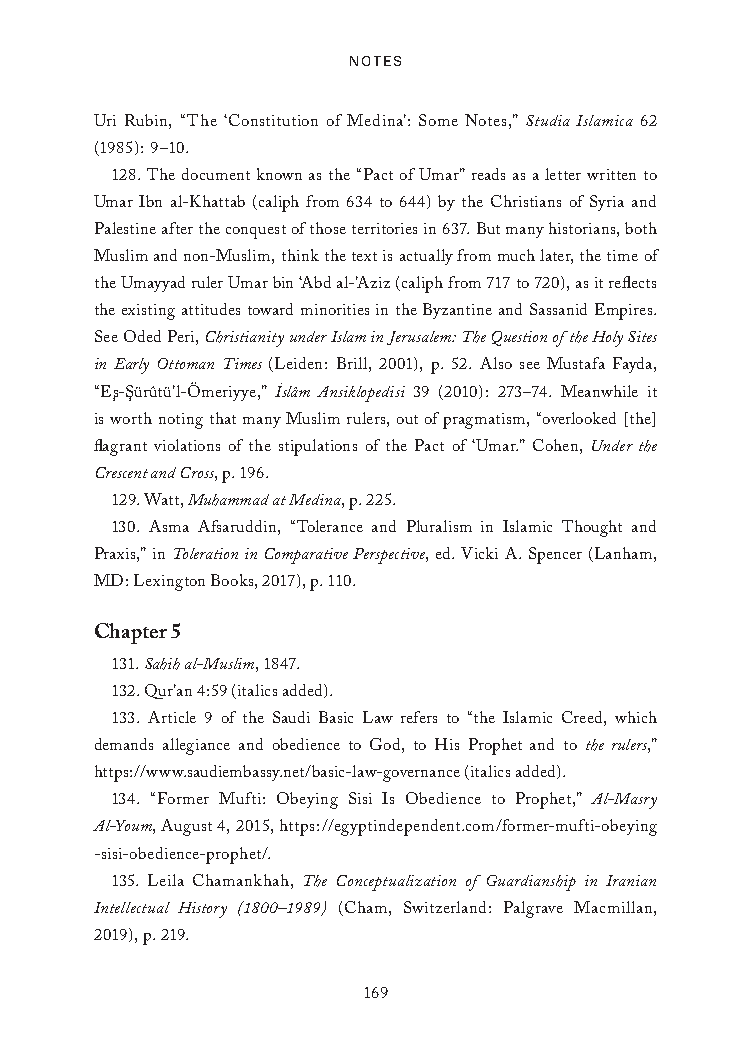
Notes
 Uri Rubin, “The ‘Constitution of Medina’: Some Notes,” Studia Islamica 62
 (1985): 9–10.
 128. The document known as the “Pact of Umar” reads as a letter written to
 Umar Ibn al-Khattab (caliph from 634 to 644) by the Christians of Syria and
 Palestine after the conquest of those territories in 637. But many historians, both
 Muslim and non-Muslim, think the text is actually from much later, the time of
 the Umayyad ruler Umar bin ‘Abd al-’Aziz (caliph from 717 to 720), as it reflects
 the existing attitudes toward minorities in the Byzantine and Sassanid Empires.
 See Oded Peri, Christianity under Islam in Jerusalem: The Question of the Holy Sites
 in Early Ottoman Times (Leiden: Brill, 2001), p. 52. Also see Mustafa Fayda,
 “Es¸-S¸ürûtü’l-Ömeriyye,” I˙slâm Ansiklopedisi 39 (2010): 273–74. Meanwhile it
 is worth noting that many Muslim rulers, out of pragmatism, “overlooked [the]
 flagrant violations of the stipulations of the Pact of ‘Umar.” Cohen, Under the
 Crescent and Cross, p. 196.
 129. Watt, Muhammad at Medina, p. 225.
 130. Asma Afsaruddin, “Tolerance and Pluralism in Islamic Thought and
 Praxis,” in Toleration in Comparative Perspective, ed. Vicki A. Spencer (Lanham,
 MD: Lexington Books, 2017), p. 110.
 Chapter 5
 131. Sahih al-Muslim, 1847.
 132. Qur’an 4:59 (italics added).
 133. Article 9 of the Saudi Basic Law refers to “the Islamic Creed, which
 demands allegiance and obedience to God, to His Prophet and to the rulers,”
 https://www.saudiembassy.net/basic-law-governance (italics added).
 134. “Former Mufti: Obeying Sisi Is Obedience to Prophet,” Al-Masry
 Al-Youm, August 4, 2015, https://egyptindependent.com/former-mufti-obeying
 -sisi-obedience-prophet/.
 135. Leila Chamankhah, The Conceptualization of Guardianship in Iranian
 Intellectual History (1800–1989) (Cham, Switzerland: Palgrave Macmillan,
 2019), p. 219.
 169
 25320_Ch12_Notes.indd 169              24/06/2021 10:34 AM